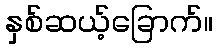
နှစ်ဆယ့်ခြောက်။